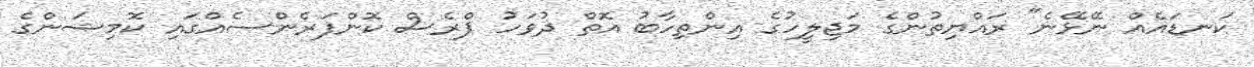
ކަނޑައެއް ނޭޅޭނެ" ރައްޔިތުންގެ މަޖިލީހުގެ އިންތިހާބު އޮތް ދުވަހު ޕްރެސް ކޮންފަރެންސެއްގައި ކޮމިޝަންގެ